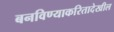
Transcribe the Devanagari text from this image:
बनविण्याकरितादेखील